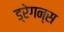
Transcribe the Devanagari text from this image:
ड्रेगन्स